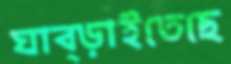
ঘাব্‌ড়াইতেছে